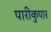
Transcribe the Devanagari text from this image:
पारीकुपार